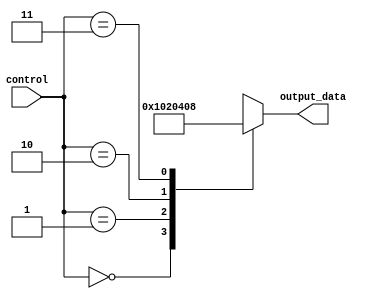
module priority_case (
    input wire [1:0] control,
    output reg [7:0] output_data
);

always @(*)
begin
    case (control)
        2'b00: output_data = 8'b00000001; //Highest priority case
        2'b01: output_data = 8'b00000010;
        2'b10: output_data = 8'b00000100;
        2'b11: output_data = 8'b00001000; //Lowest priority case
    endcase
end

endmodule